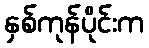
နှစ်ကုန်ပိုင်းက